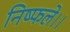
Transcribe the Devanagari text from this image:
निष्फले।।